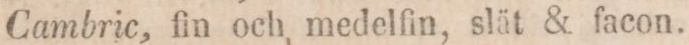
Cambric, fin och medelfin, slät & facon.